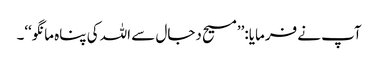
آپ نے فرمایا:’’مسیح دجال سے اللہ کی پناہ مانگو‘‘۔